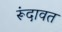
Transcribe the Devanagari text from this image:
रूंदावत